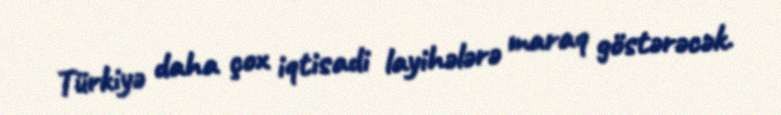
Türkiyə daha çox iqtisadi layihələrə maraq göstərəcək.